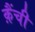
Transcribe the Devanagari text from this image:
क़ैंची